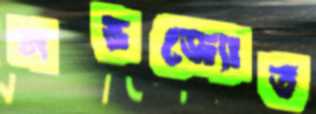
নভজ্যোত